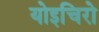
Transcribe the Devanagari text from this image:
योइचिरो